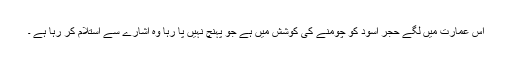
اس عمارت میں لگے حجر اسود کو چومنے کی کوشش میں ہے جو پہنچ نہیں پا رہا وہ اشارے سے استلام کر رہا ہے ۔